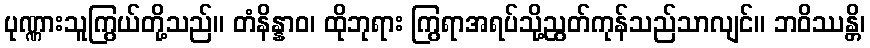
ပုဏ္ဏားသူကြွယ်တို့သည်။ တံနိန္နာဝ၊ ထိုဘုရား ကြွရာအရပ်သို့ညွတ်ကုန်သည်သာလျင်။ ဘဝိဿန္တိ၊